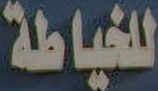
للخياطة